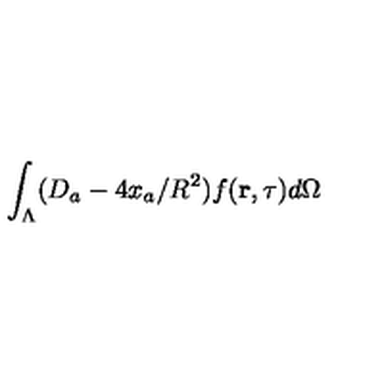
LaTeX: \int _ { \Lambda } ( D _ { a } - 4 x _ { a } / R ^ { 2 } ) f ( { \bf r } , \tau ) d \Omega